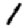
Digit: 1